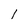
Character: 1